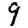
Digit: 9